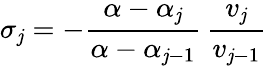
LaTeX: \sigma_{\mathit{j}}=-\frac{{\alpha-\alpha_{\mathit{j}}}}{{\alpha-\alpha_{\mathit{j}-1}}}\, \frac{{v_{\mathit{j}}}}{{v_{\mathit{j}-1}}}